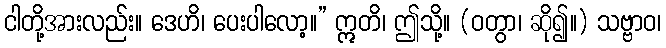
ငါတို့အားလည်း။ ဒေဟိ၊ ပေးပါလော့။” ဣတိ၊ ဤသို့။ (ဝတွာ၊ ဆို၍။) သဗ္ဗာဝ၊